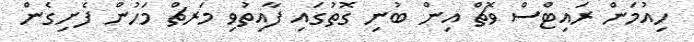
ހިއުމަން ރައިޓްސް ވޮޗް އިން ބުނި ގޮތުގައި ފާއިތުވި މަރޗް މަހުން ފެށިގެން